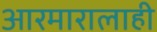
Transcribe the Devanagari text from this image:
आरमारालाही